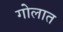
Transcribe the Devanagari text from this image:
गोलात